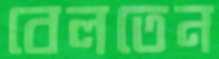
বেলতেন